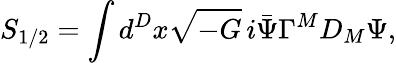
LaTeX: S_{1/2}=\int d^{D}x\sqrt{-G}\, i\bar{\Psi}\Gamma^{M}D_{M}\Psi,